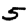
Digit: 5